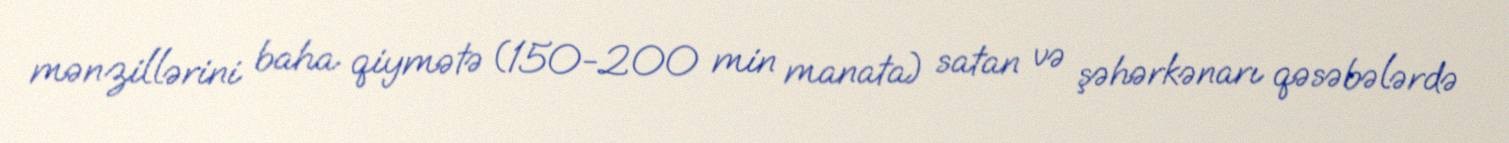
mənzillərini baha qiymətə (150-200 min manata) satan və şəhərkənarı qəsəbələrdə